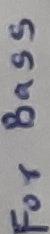
Text: For bass